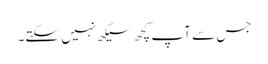
جس سے آپ کچھ سیکھ نہیں سکتے۔